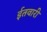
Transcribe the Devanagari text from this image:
ईतवारी